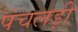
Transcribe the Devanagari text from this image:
पंचलड़ी